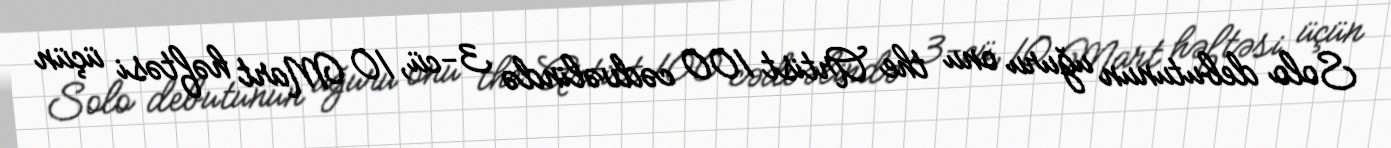
Solo debutunun uğuru onu the Artist 100 cədvəlində 3-cü, 10 Mart həftəsi üçün